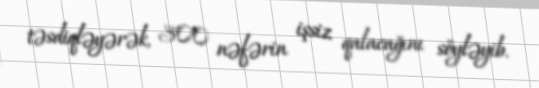
təsdiqləyərək, 300 nəfərin işsiz qalacağını söyləyib.